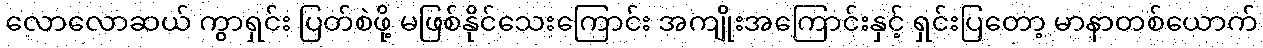
လောလောဆယ် ကွာရှင်း ပြတ်စဲဖို့ မဖြစ်နိုင်သေးကြောင်း အကျိုးအကြောင်းနှင့် ရှင်းပြတော့ မာနာတစ်ယောက်